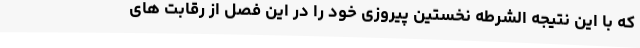
که با این نتیجه الشرطه نخستین پیروزی خود را در این فصل از رقابت‌ های